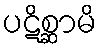
ပဋိစ္ဆာမိ